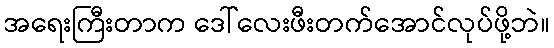
အရေးကြီးတာက ဒေါ်လေးဖီးတက်အောင်လုပ်ဖို့ဘဲ။